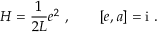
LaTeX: H = \frac { 1 } { 2 L } e ^ { 2 } \ , \qquad [ e , a ] = \mathrm { i } \ .